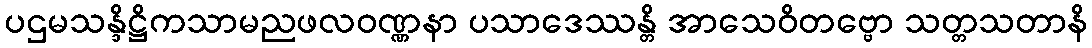
ပဌမသန္ဒိဋ္ဌိကသာမညဖလဝဏ္ဏနာ ပသာဒေဿန္တိ အာသေဝိတဗ္ဗော သတ္တသတာနိ